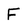
Character: F